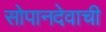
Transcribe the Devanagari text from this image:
सोपानदेवाची